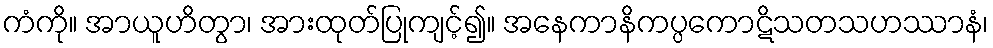
ကံကို။ အာယူဟိတွာ၊ အားထုတ်ပြုကျင့်၍။ အနေကာနိကပ္ပကောဋိသတသဟဿာနံ၊